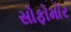
સોફોમોર